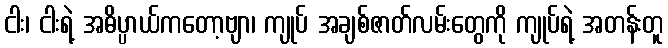
ငါး၊ ငါးရဲ့ အဓိပ္ပာယ်ကတော့ဗျာ၊ ကျုပ် အချစ်ဇာတ်လမ်းတွေကို ကျုပ်ရဲ့ အတန်းတူ